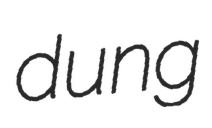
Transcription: dung